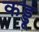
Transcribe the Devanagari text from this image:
कड्डू